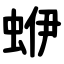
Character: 蛜